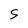
Character: S